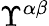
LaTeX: \Upsilon^{\alpha\beta}